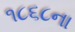
૧૮૬૮ના